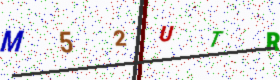
Text: M52UTR